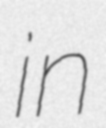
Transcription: in